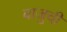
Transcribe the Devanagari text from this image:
बाजुची